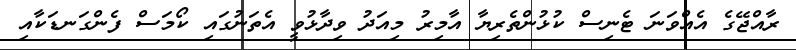
ރާއްޖޭގެ އެއްވަނަ ޓެނިސް ކުޅުންތެރިޔާ އާމިރު މިއަދު ވިދާޅުވީ އެތަނުގައި ކޯމަސް ފެންގަނޑަކާއި